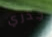
جذري